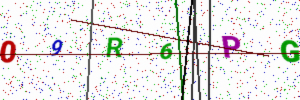
Text: 09R6PG